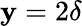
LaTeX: \mathbf{y}=2\delta